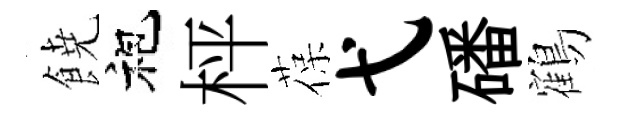
𩜙袍枰葆弋磻鶴